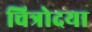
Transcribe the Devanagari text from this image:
चित्रोदया